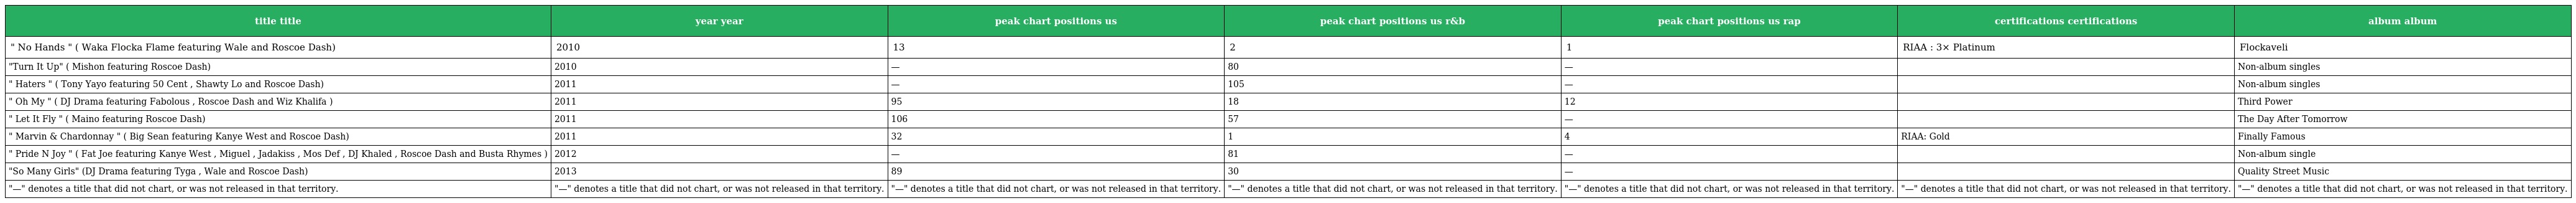
| title title | year year | peak chart positions us | peak chart positions us r&b | peak chart positions us rap | certifications certifications | album album |
 | --- | --- | --- | --- | --- | --- | --- |
 | " No Hands " ( Waka Flocka Flame featuring Wale and Roscoe Dash) | 2010 | 13 | 2 | 1 | RIAA : 3× Platinum | Flockaveli |
 | "Turn It Up" ( Mishon featuring Roscoe Dash) | 2010 | — | 80 | — |  | Non-album singles |
 | " Haters " ( Tony Yayo featuring 50 Cent , Shawty Lo and Roscoe Dash) | 2011 | — | 105 | — |  | Non-album singles |
 | " Oh My " ( DJ Drama featuring Fabolous , Roscoe Dash and Wiz Khalifa ) | 2011 | 95 | 18 | 12 |  | Third Power |
 | " Let It Fly " ( Maino featuring Roscoe Dash) | 2011 | 106 | 57 | — |  | The Day After Tomorrow |
 | " Marvin & Chardonnay " ( Big Sean featuring Kanye West and Roscoe Dash) | 2011 | 32 | 1 | 4 | RIAA: Gold | Finally Famous |
 | " Pride N Joy " ( Fat Joe featuring Kanye West , Miguel , Jadakiss , Mos Def , DJ Khaled , Roscoe Dash and Busta Rhymes ) | 2012 | — | 81 | — |  | Non-album single |
 | "So Many Girls" (DJ Drama featuring Tyga , Wale and Roscoe Dash) | 2013 | 89 | 30 | — |  | Quality Street Music |
 | "—" denotes a title that did not chart, or was not released in that territory. | "—" denotes a title that did not chart, or was not released in that territory. | "—" denotes a title that did not chart, or was not released in that territory. | "—" denotes a title that did not chart, or was not released in that territory. | "—" denotes a title that did not chart, or was not released in that territory. | "—" denotes a title that did not chart, or was not released in that territory. | "—" denotes a title that did not chart, or was not released in that territory. |